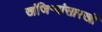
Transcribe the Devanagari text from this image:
खंजिऱ्यांसारखी